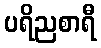
ပရိညစာရီ